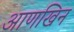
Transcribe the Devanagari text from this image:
आणखिन